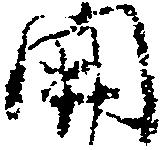
開